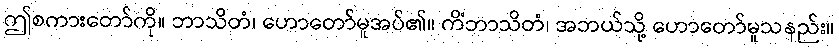
ဤစကားတော်ကို။ ဘာသိတံ၊ ဟောတော်မူအပ်၏။ ကိံဘာသိတံ၊ အဘယ်သို့ ဟောတော်မူသနည်း။